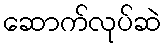
ဆောက်လုပ်ဆဲ